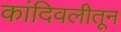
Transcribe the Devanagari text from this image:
कांदिवलीतून